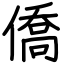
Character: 僑